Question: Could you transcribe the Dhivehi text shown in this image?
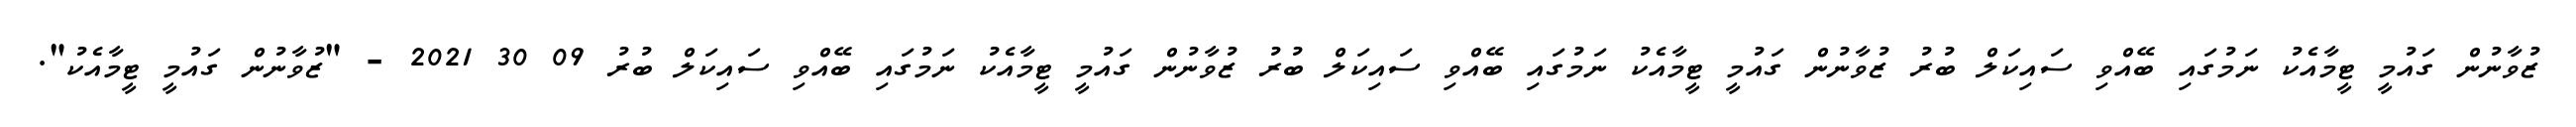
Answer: ޒުވާނުން ގައުމީ ޓީމާއެކު ނަމުގައި ބޭއްވި ސައިކަލް ބުރު ޒުވާނުން ގައުމީ ޓީމާއެކު ނަމުގައި ބޭއްވި ސައިކަލް ބުރު ޒުވާނުން ގައުމީ ޓީމާއެކު ނަމުގައި ބޭއްވި ސައިކަލް ބުރު 09 30 2021 - "ޒުވާނުން ގައުމީ ޓީމާއެކު".